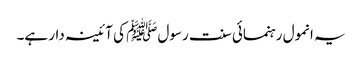
یہ انمول رہنمائی سنت رسول ﷺ کی آئینہ دار ہے۔